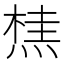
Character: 𭵣